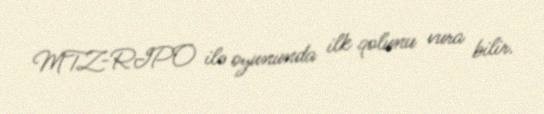
MTZ-RIPO ilə oyununda ilk qolunu vura bilir.